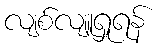
လျစ်လျူရှုရန်